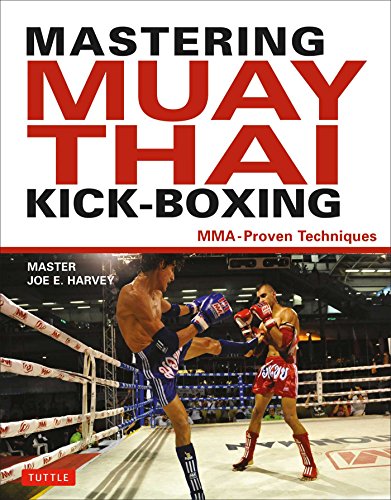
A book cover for Mastering Muay Thai Kick-Boxing: MMA-Proven Techniques; Joe E. Harvey; Sports & Outdoors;